Report of the Indian Hemp Drugs Commission, 1894-1895 - Volume I
Year: 1894
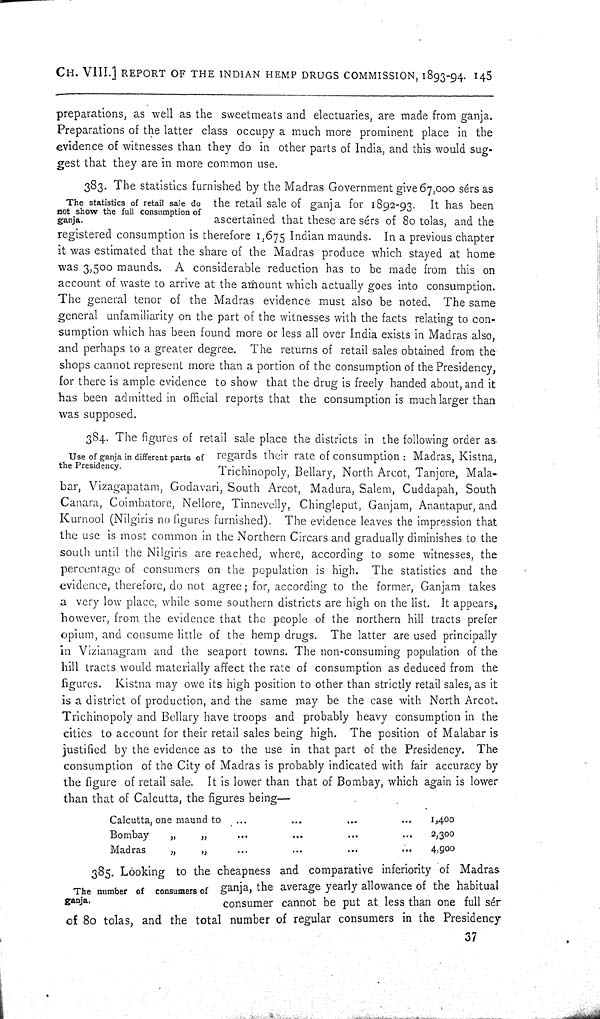
CH. VIII.] REPORT OF THE INDIAN HEMP DRUGS COMMISSION, 1893-94. 145
preparations, as well as the sweetmeats and electuaries, are made from ganja.
Preparations of the latter class occupy a much more prominent place in the
evidence of witnesses than they do in other parts of India, and this would sug-
gest that they are in more common use.
The statistics of retail sale do
not show the full consumption of
ganja.
383. The statistics furnished by the Madras Government give 67,000 sérs as
the retail sale of ganja for 1892-93. It has been
ascertained that these are sérs of 80 tolas, and the
registered consumption is therefore 1,675 Indian maunds. In a previous chapter
it was estimated that the share of the Madras produce which stayed at home
was 3,500 maunds. A considerable reduction has to be made from this on
account of waste to arrive at the amount which actually goes into consumption.
The general tenor of the Madras evidence must also be noted. The same
general unfamiliarity on the part of the witnesses with the facts relating to con-
sumption which has been found more or less all over India exists in Madras also,
and perhaps to a greater degree. The returns of retail sales obtained from the
shops cannot represent more than a portion of the consumption of the Presidency,
for there is ample evidence to show that the drug is freely handed about, and it
has been admitted in official reports that the consumption is much larger than
was supposed.
Use of ganja in different parts of
the Presidency.
384. The figures of retail sale place the districts in the following order as
regards their rate of consumption: Madras, Kistna,
Trichinopoly, Bellary, North Arcot, Tanjore, Mala-
bar, Vizagapatam, Godavari, South Arcot, Madura, Salem, Cuddapah, South
Canara, Coimbatore, Nellore, Tinnevelly, Chingleput, Ganjam, Anantapur, and
Kurnool (Nilgiris no figures furnished). The evidence leaves the impression that
the use is most common in the Northern Circars and gradually diminishes to the
south until the Nilgiris are reached, where, according to some witnesses, the
percentage of consumers on the population is high. The statistics and the
evidence, therefore, do not agree; for, according to the former, Ganjam takes
a very low place, while some southern districts are high on the list. It appears,
however, from the evidence that the people of the northern hill tracts prefer
opium, and consume little of the hemp drugs. The latter are used principally
in Vizianagram and the seaport towns. The non-consuming population of the
hill tracts would materially affect the rate of consumption as deduced from the
figures. Kistna may owe its high position to other than strictly retail sales, as it
is a district of production, and the same may be the case with North Arcot.
Trichinopoly and Bellary have troops and probably heavy consumption in the
cities to account for their retail sales being high. The position of Malabar is
justified by the evidence as to the use in that part of the Presidency. The
consumption of the City of Madras is probably indicated with fair accuracy by
the figure of retail sale. It is lower than that of Bombay, which again is lower
than that of Calcutta, the figures being—
Calcutta, one maund to
1,400
Bombay
"
"
2,300
Madras
"
"
4,900
The number of consumers of
ganja.
385. Looking to the cheapness and comparative inferiority of Madras
ganja, the average yearly allowance of the habitual
consumer cannot be put at less than one full sér
of 80 tolas, and the total number of regular consumers in the Presidency
37